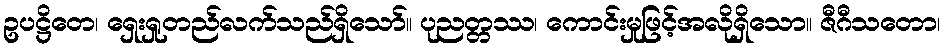
ဥပဋ္ဌိတေ၊ ရှေးရှုတည်လက်သည်ရှိသော်။ ပုညတ္တဿ၊ ကောင်းမှုဖြင့်အလိုရှိသော။ ဇီဂီသတော၊